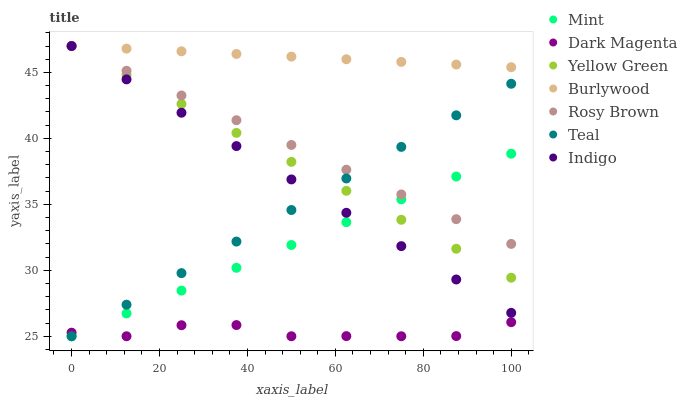
| xaxis_label | Mint | Dark Magenta | Yellow Green | Burlywood | Rosy Brown | Teal | Indigo |
 | --- | --- | --- | --- | --- | --- | --- | --- |
 | 0 | 25 | 25.3 | 47 | 47 | 47 | 25 | 47 |
 | 12.5 | 26.7 | 25 | 44.8 | 46.8 | 45.1 | 27.4 | 44.5 |
 | 25 | 28.5 | 25.8 | 42.6 | 46.6 | 43.2 | 29.8 | 41.9 |
 | 37.5 | 30.2 | 25.8 | 40.4 | 46.4 | 41.4 | 32.2 | 39.4 |
 | 50 | 31.9 | 25 | 38.2 | 46.2 | 39.5 | 34.6 | 36.9 |
 | 62.5 | 33.6 | 25 | 36 | 46 | 37.6 | 37 | 34.4 |
 | 75 | 35.4 | 25 | 33.8 | 45.8 | 35.7 | 39.4 | 31.8 |
 | 87.5 | 37.1 | 25 | 31.6 | 45.6 | 33.9 | 41.7 | 29.3 |
 | 100 | 38.8 | 26.1 | 29.4 | 45.4 | 32 | 44.1 | 26.8 |